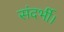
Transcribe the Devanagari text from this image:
संदर्भी।